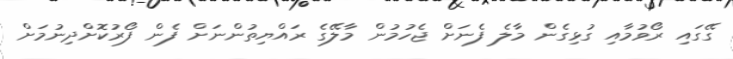
ގޭގައި ރޯވުމާއި ގުޅިގެން މާލެ ފެނަށް ޖެހުމުން މާލޭގެ ރައްޔިތުންނަށް ފެން ފޯރުކޮށްދިނުމަށް